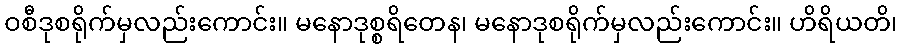
ဝစီဒုစရိုက်မှလည်းကောင်း။ မနောဒုစ္စရိတေန၊ မနောဒုစရိုက်မှလည်းကောင်း။ ဟိရိယတိ၊